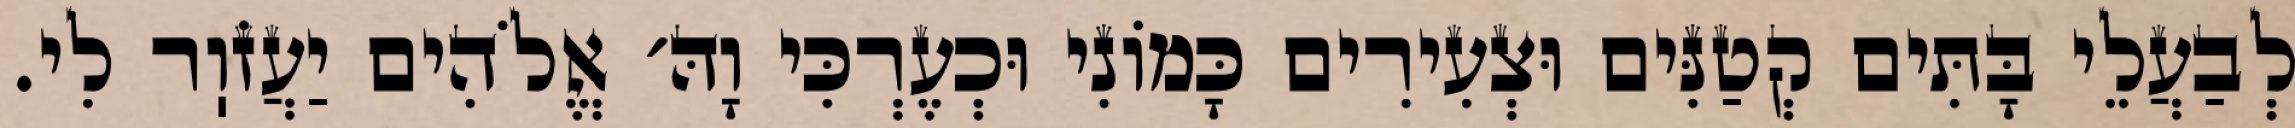
לְבַעֲלֵי בָּתִּים קְטַנִּים וּצְעִירִים כָּמוֹנִי וּכְעֶרְכִּי וָהּ׳ אֱלֹהִים יַעֲזֹוֽר לִי.